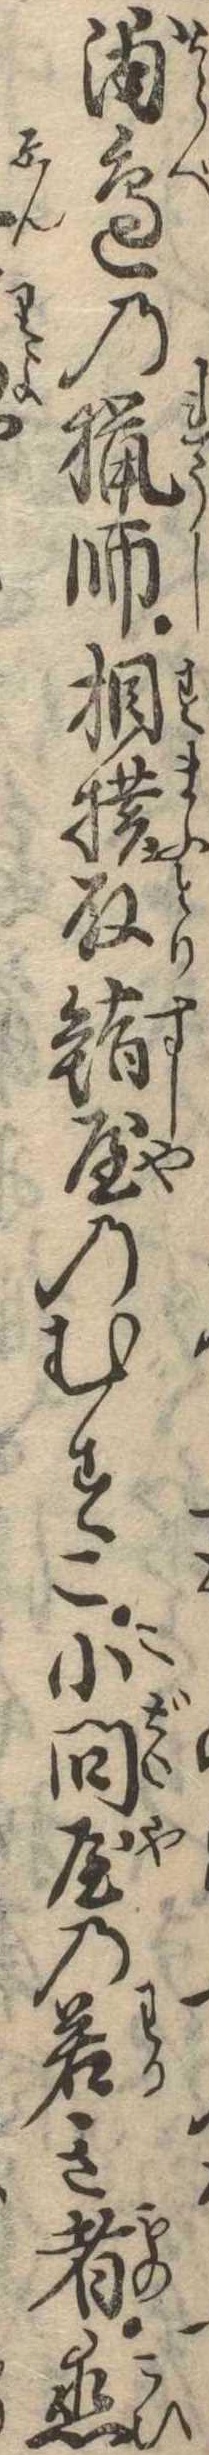
浦辺の猟師相撲取鮨屋のむすこ小問屋の若き者恋